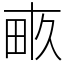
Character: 畞